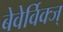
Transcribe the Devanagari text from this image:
बेवेर्विक्ज्